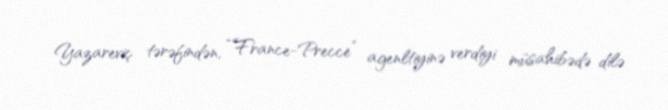
Yazareviç tərəfindən, “France-Precce” agenltiyinə verdiyi müsahibədə dilə